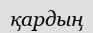
қардың